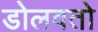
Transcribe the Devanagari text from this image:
डोलवतो